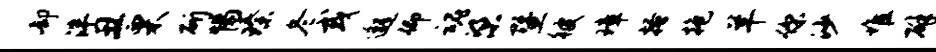
却泮丑栗斫惕臻冬或邈仰魂梁暨彼璋搔抱羊你沙堆辟